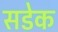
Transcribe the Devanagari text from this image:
सडेक